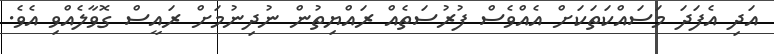
އަދި އެފަދަ މަސައްކަތަކަށް އެއްވެސް ފުރުސަތެއް ރައްޔިތުން ނުދިނުމަށް ރައީސް ގޮވާލެއްވި އެވެ.